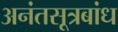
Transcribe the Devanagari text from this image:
अनंतसूत्रबांध